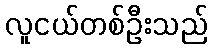
လူငယ်တစ်ဦးသည်